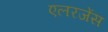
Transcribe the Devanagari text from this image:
एलरजेंस